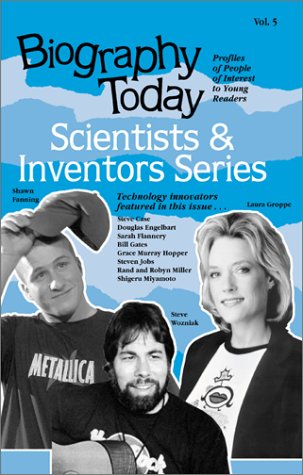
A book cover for Biography Today: Profiles of People of Interest to Young Readers (Biography Today Scientists and Inventors Series); Cherie D. Abbey; Teen & Young Adult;